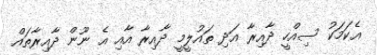
އެކަމަކު ސިއްހީ ދާއިރާ އަދި ތައުލީމީ ދާއިރާ އާއި އެ ނޫން ދާއިރާތައް